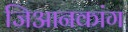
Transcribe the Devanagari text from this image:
जिआनकांग